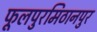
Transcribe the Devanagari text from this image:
फूलपुरमिठानपुर